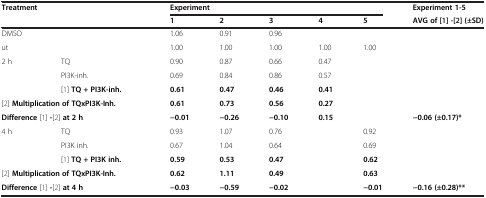
| <ROWSPAN=2-COLSPAN=2> Treatment | <COLSPAN=5> Experiment | Experiment 1-5 |
 | 1 | 2 | 3 | 4 | 5 | AVG of [[1]] -[[2]] (±SD) |
 | --- | --- | --- | --- | --- | --- | --- | --- |
 | <COLSPAN=2> DMSO | 1.06 | 0.91 | 0.96 | <COLSPAN=2>  | <ROWSPAN=6>  |
 | <COLSPAN=2> ut | 1.00 | 1.00 | 1.00 | 1.00 | 1.00 |
 | <ROWSPAN=3> 2 h | TQ | 0.90 | 0.87 | 0.66 | 0.47 | <ROWSPAN=2>  |
 | PI3K-inh. | 0.69 | 0.84 | 0.86 | 0.57 |
 | [1]TQ + PI3K-inh. | 0.61 | 0.47 | 0.46 | 0.41 |  |
 | <COLSPAN=2> [2]Multiplication of TQxPI3K-Inh. | 0.61 | 0.73 | 0.56 | 0.27 |  |
 | <COLSPAN=2> Difference[1]-[2]at 2 h | −0.01 | −0.26 | −0.10 | 0.15 |  | −0.06 (±0.17)* |
 | <ROWSPAN=3> 4 h | TQ | 0.93 | 1.07 | 0.76 | <ROWSPAN=4>  | 0.92 | <ROWSPAN=4>  |
 | PI3K inh. | 0.67 | 1.04 | 0.64 | 0.69 |
 | [1]TQ + PI3K inh. | 0.59 | 0.53 | 0.47 | 0.62 |
 | <COLSPAN=2> [2]Multiplication of TQxPI3K-Inh. | 0.62 | 1.11 | 0.49 | 0.63 |
 | <COLSPAN=2> Difference[1]-[2]at 4 h | −0.03 | −0.59 | −0.02 |  | −0.01 | −0.16 (±0.28)** |